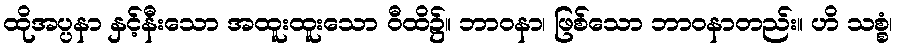
ထိုအပ္ပနာ နှင့်နီးသော အထူးထူးသော ဝီထိ၌။ ဘာဝနာ၊ ဖြစ်သော ဘာဝနာတည်း။ ဟိ သစ္စံ၊